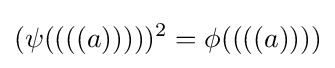
(\psi ((((a)))))^{2}=\phi ((((a))))